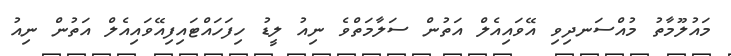
މައުލޫމާތު މުއްސަނދިވި އޭވައިއެލް އަތުން ސަލާމަތްވެ ނިއު ލީޑު ހިފަހައްޓައިފިއޭވައިއެލް އަތުން ނިއު